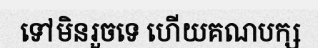
ទៅមិនរួចទេ ហើយគណបក្ស